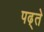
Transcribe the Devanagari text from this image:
पढ़्ते